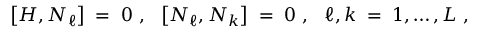
\left[ H , N _ { \ell } \right] \; = \; 0 ~ , ~ ~ \left[ N _ { \ell } , N _ { k } \right] \; = \; 0 ~ , ~ ~ \ell , k \; = \; 1 , \ldots , L ~ ,